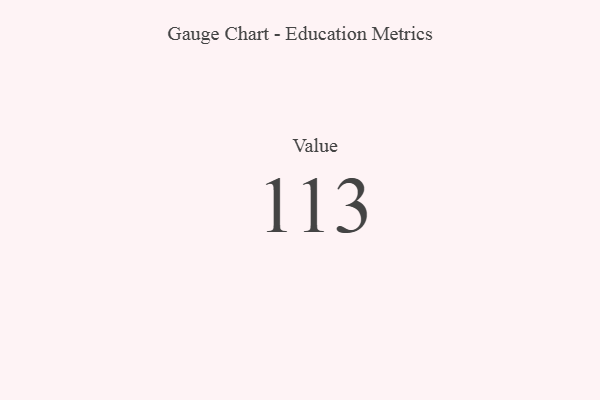
{"axis": {"x": "Metric", "y": "Value"}, "legend": [""], "data": [{"x": "Value", "y": 113, "type": ""}]}